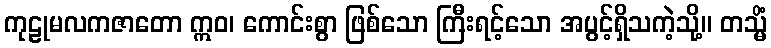
ကုဠုမလကဇာတော ဣဝ၊ ကောင်းစွာ ဖြစ်သော ကြီးရင့်သော အပွင့်ရှိသကဲ့သို့။ တသ္မိံ